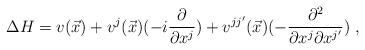
LaTeX: \begin{align*}\Delta H = v (\vec x) + v^j (\vec x)(-i\frac{\partial}{\partial x^j}) + v^{jj'} (\vec x)( -\frac{\partial^2}{\partial x^j \partial x^{j'}}) \;,\end{align*}